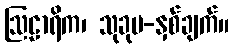
ဩဠာရိက၊ သုခုမ-နှစ်ချက်။